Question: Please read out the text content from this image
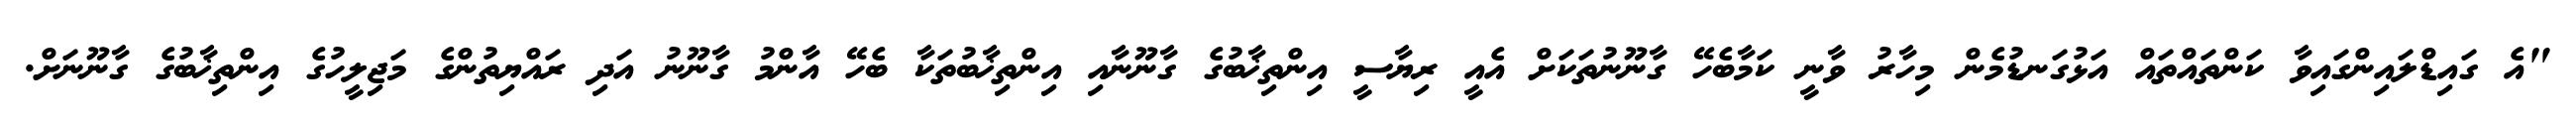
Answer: "އެ ގައިޑްލައިންގައިވާ ކަންތައްތައް އަޅުގަނޑުމެން މިހާރު ވާނީ ކަމާބެހޭ ގާނޫނުތަކަށް އެއީ ރިޔާސީ އިންތިޚާބުގެ ގާނޫނާއި އިންތިޚާބުތަކާ ބެހޭ އާންމު ގާނޫނު އަދި ރައްޔިތުންގެ މަޖިލީހުގެ އިންތިޚާބުގެ ގާނޫނަށް.